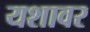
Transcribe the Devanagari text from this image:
यशावर